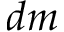
d m